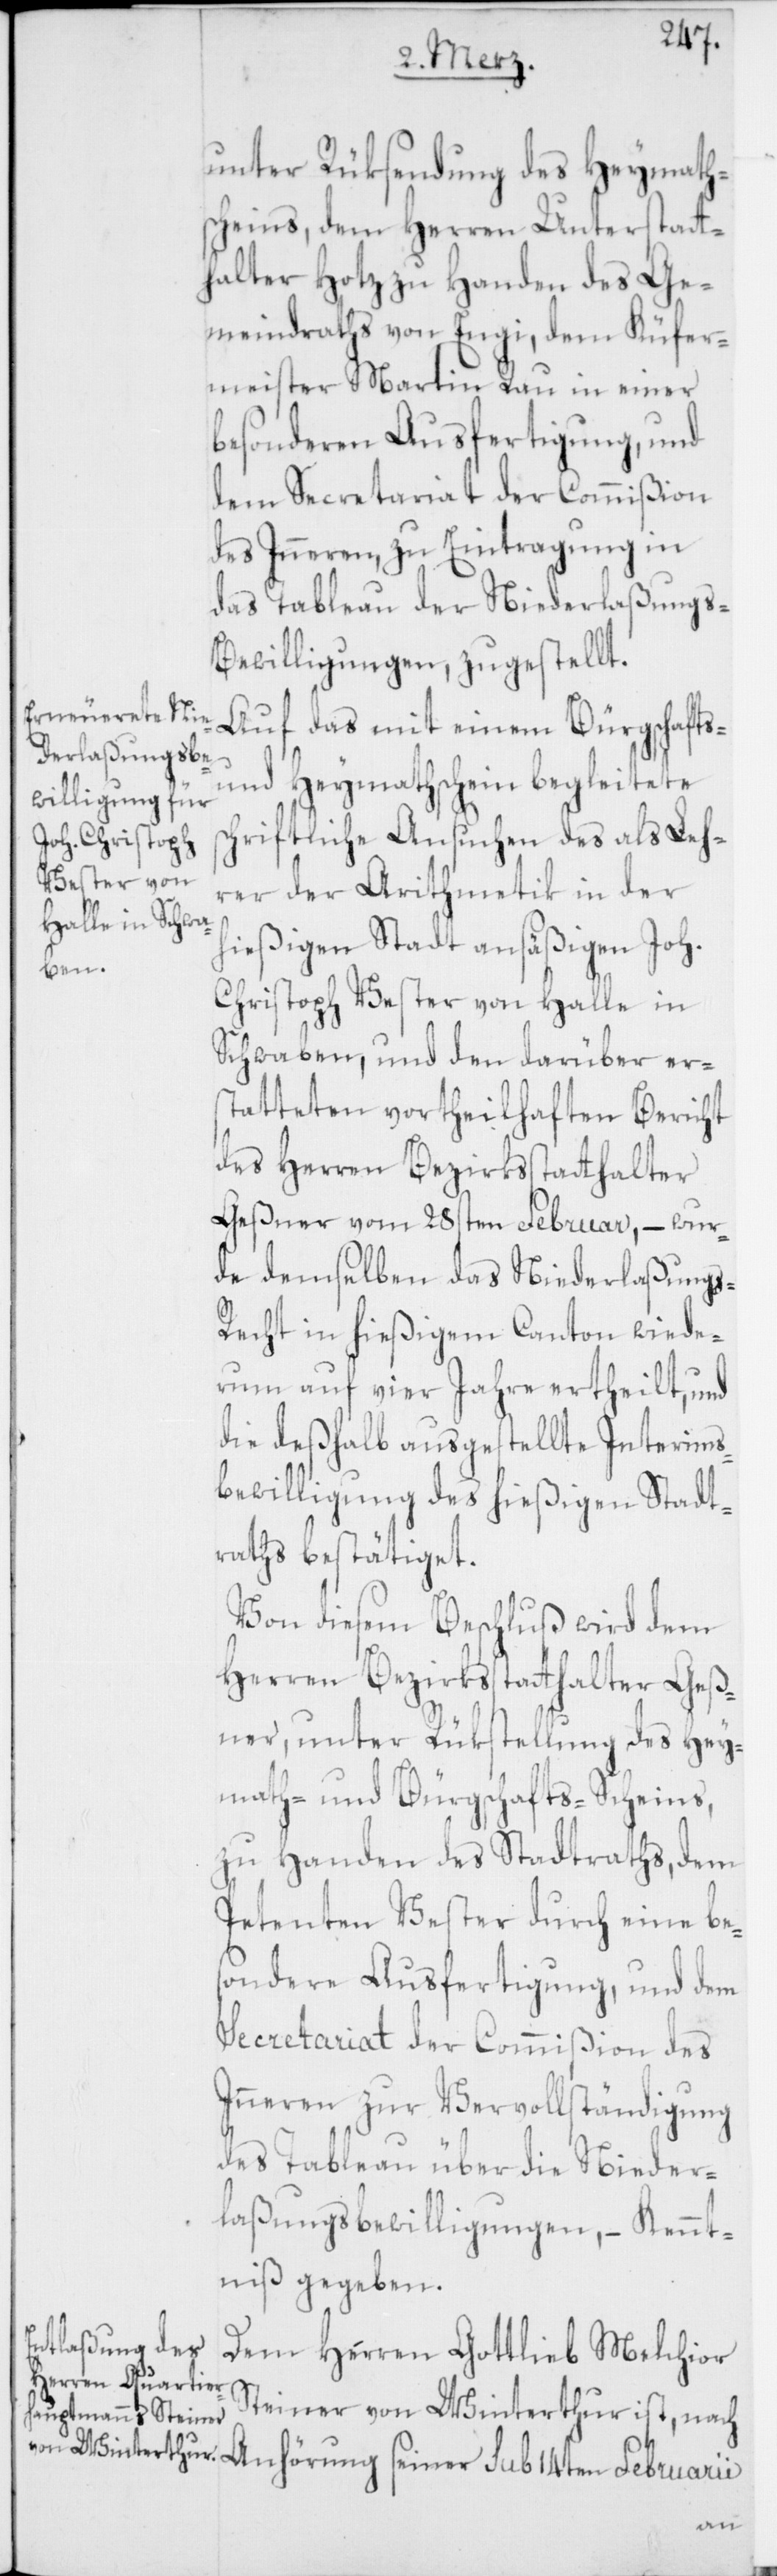
unter Rüksendung des Heymath¬
scheins, dem Herren Unterstatt¬
halter Hotz zu Handen des Ge¬
meindraths von Engi, dem Küfer¬
meister Martin Rau in einer
besonderen Ausfertigung, und
dem Secretariat der Commißion
des Inneren zu Eintragung in
das Tableau der Niederlaßungs-B¬
ewilligungen, zugestellt.
Auf das mit einem Bürgschafts-
und Heymathschein begleitete
schriftliche Ansuchen des als Leh¬
rer der Arithmetik in der
hießigen Stadt ansäßigen Joh.
Christoph Vester von Halle in
Schwaben, und den darüber er¬
statteten vortheilhaften Bericht
des Herren Bezirksstatthalter
Geßner vom 28sten Februar, – wur¬
de demselben das Niederlaßung¬
s-Recht in hießigem Canton wiede¬
rum auf vier Jahre ertheilt, und
die deshalb ausgestellte Interims¬
bewilligung des hießigen Stadt¬
raths bestätiget.
Von diesem Beschluß wird dem
Herren Bezirksstatthalter Geß¬
ner, unter Rükstellung des Hey¬
math- und Bürgschafts-Scheins,
zu Handen des Stadtraths, dem
Petenten Vester durch eine be¬
sondere Ausfertigung, und dem
Secretariat der Commißion des
Inneren zur Vervollständigung
des Tableau über die Nieder¬
laßungsbewilligungen, – Kennt¬
niß gegeben.
Dem Herren Gottlieb Melchior
Steiner von Winterthur ist, nach
Anhörung seiner sub 14ten Februarii